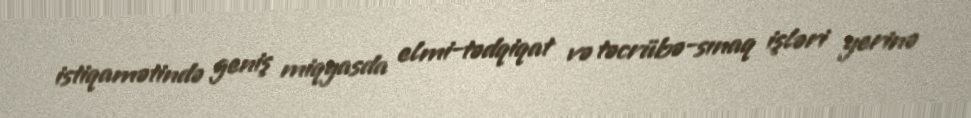
istiqamətində geniş miqyasda elmi-tədqiqat və təcrübə-sınaq işləri yerinə